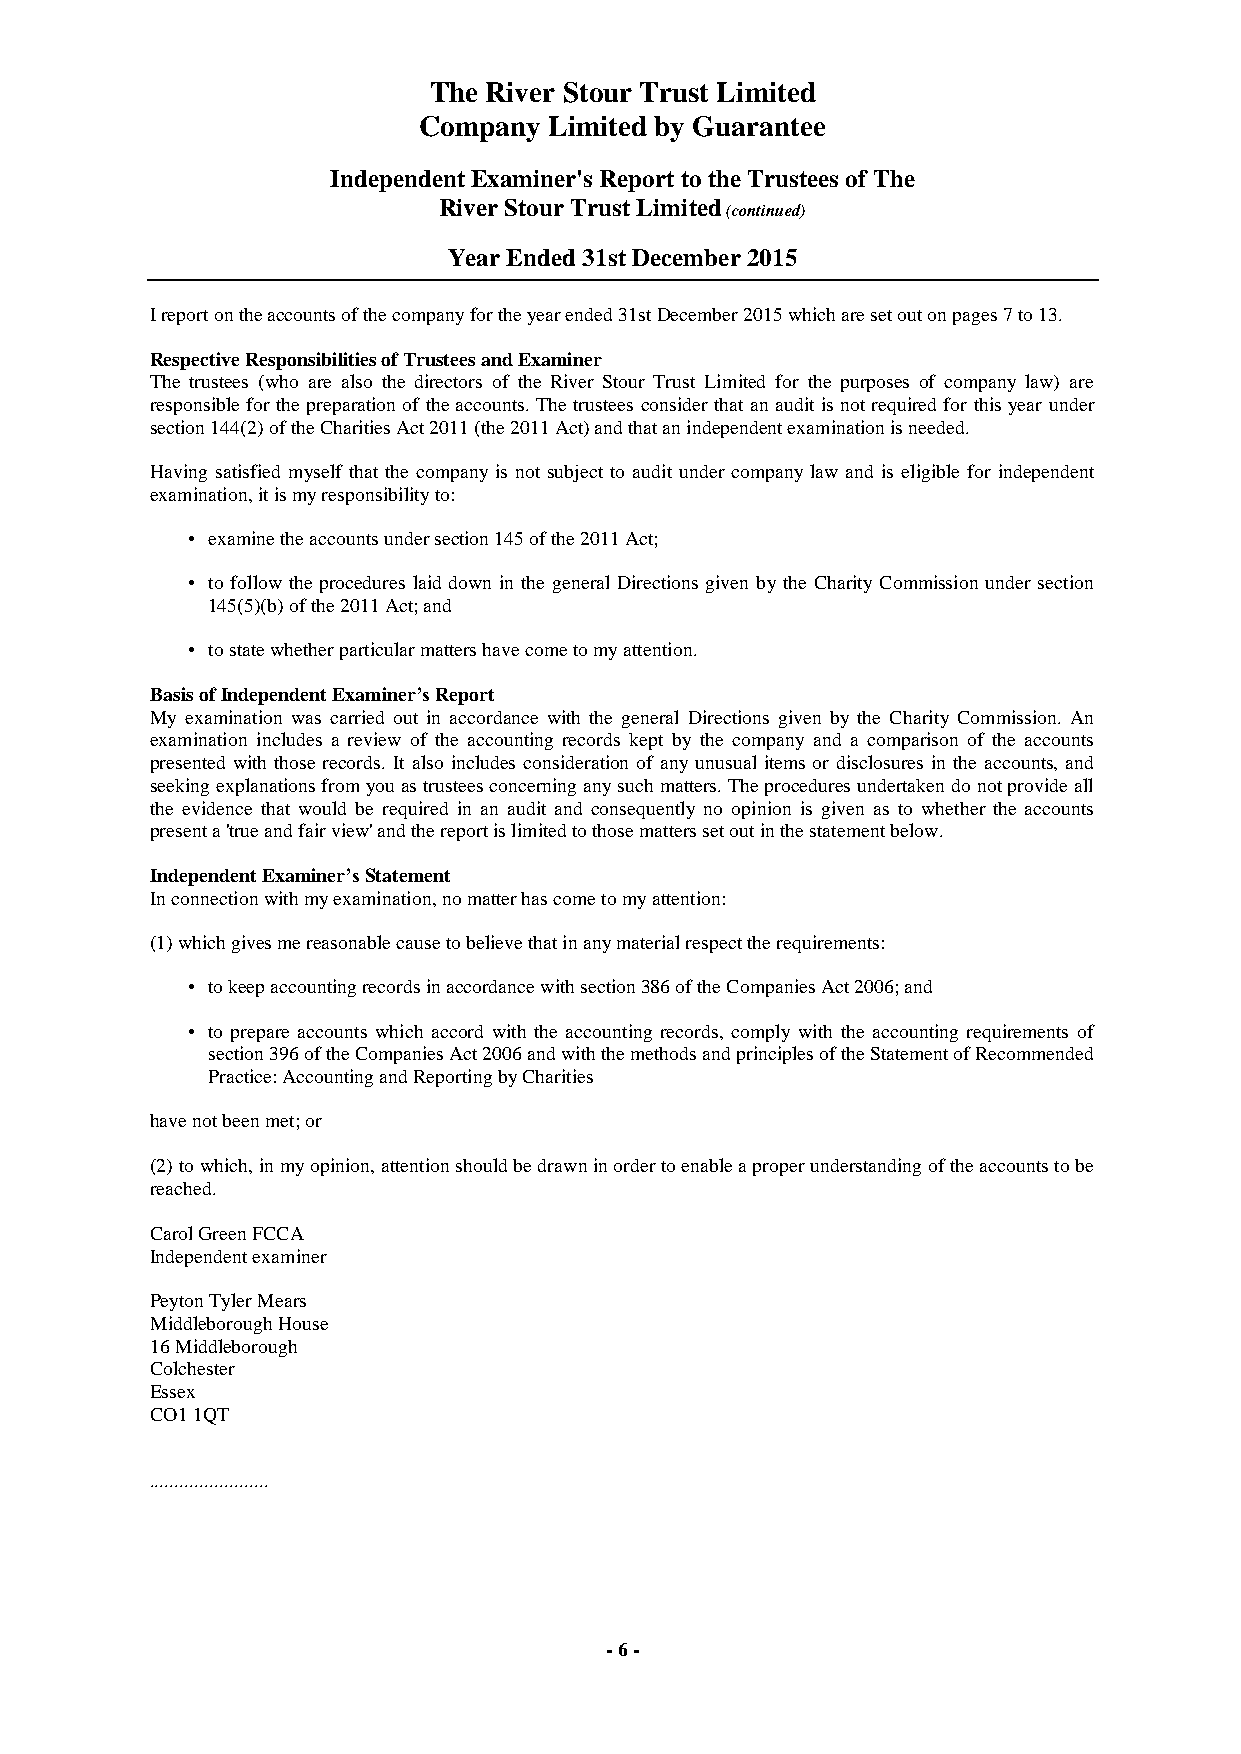
The River Stour Trust Limited
 Company Limited by Guarantee
 Independent Examiner's Report to the Trustees of The
 River Stour Trust Limited
 (continued)
 Year Ended 31st December 2015
 I report on the accounts of the company for the year ended 31st December 2015 which are set out on pages 7 to 13.
 Respective Responsibilities of Trustees and Examiner
 The trustees (who are also the directors of the River Stour Trust Limited for the purposes of company law) are
 responsible for the preparation of the accounts. The trustees consider that an audit is not required for this year under
 section 144(2) of the Charities Act 2011 (the 2011 Act) and that an independent examination is needed.
 Having satisfied myself that the company is not subject to audit under company law and is eligible for independent
 examination, it is my responsibility to:
 • examine the accounts under section 145 of the 2011 Act;
 • to follow the procedures laid down in the general Directions given by the Charity Commission under section
 145(5)(b) of the 2011 Act; and
 • to state whether particular matters have come to my attention.
 Basis of Independent Examiner’s Report
 My examination was carried out in accordance with the general Directions given by the Charity Commission. An
 examination includes a review of the accounting records kept by the company and a comparison of the accounts
 presented with those records. It also includes consideration of any unusual items or disclosures in the accounts, and
 seeking explanations from you as trustees concerning any such matters. The procedures undertaken do not provide all
 the evidence that would be required in an audit and consequently no opinion is given as to whether the accounts
 present a 'true and fair view' and the report is limited to those matters set out in the statement below.
 Independent Examiner’s Statement
 In connection with my examination, no matter has come to my attention:
 (1) which gives me reasonable cause to believe that in any material respect the requirements:
 • to keep accounting records in accordance with section 386 of the Companies Act 2006; and
 • to prepare accounts which accord with the accounting records, comply with the accounting requirements of
 section 396 of the Companies Act 2006 and with the methods and principles of the Statement of Recommended
 Practice: Accounting and Reporting by Charities
 have not been met; or
 (2) to which, in my opinion, attention should be drawn in order to enable a proper understanding of the accounts to be
 reached.
 Carol Green FCCA
 Independent examiner
 Peyton Tyler Mears
 Middleborough House
 16 Middleborough
 Colchester
 Essex
 CO1 1QT
 . .......................
 - 6 -